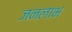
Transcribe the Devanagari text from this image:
जनलाभ